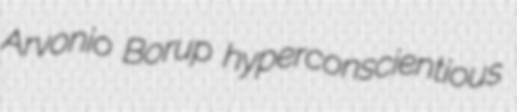
Arvonio Borup hyperconscientious